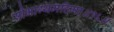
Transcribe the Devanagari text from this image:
सौभाग्यमहिमा॥१६॥